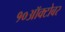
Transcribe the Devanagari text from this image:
१०ऑक्टोबर